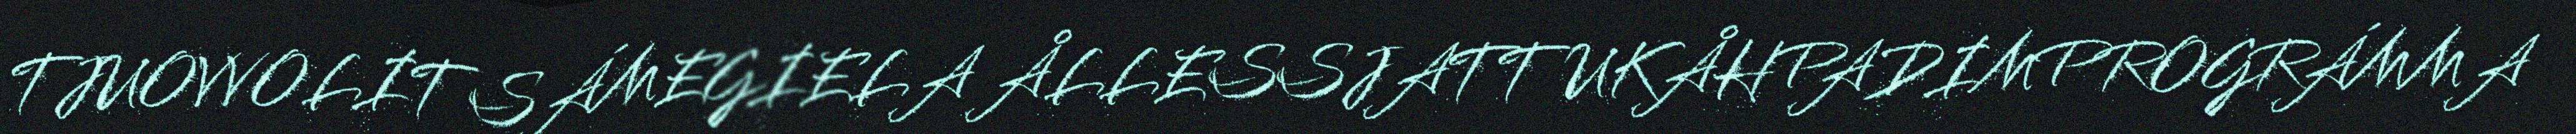
TJUOVVOLIT SÁMEGIELA ÅLLESSJATTUKÅHPADIMPROGRÁMMA